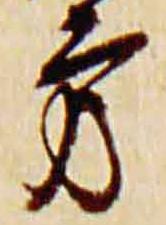
方